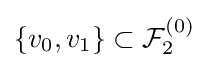
\{v_{0},v_{1}\}\subset {\mathcal {F}}_{2}^{(0)}